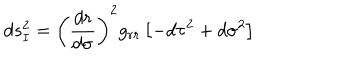
LaTeX: d s _ { I } ^ { 2 } = \left( \frac { d r } { d \sigma } \right) ^ { 2 } g _ { r r } \left[ - d \tau ^ { 2 } + d \sigma ^ { 2 } \right]